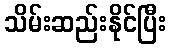
သိမ်းဆည်းနိုင်ပြီး